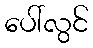
ပေါ်လွင်